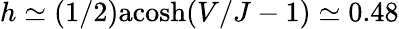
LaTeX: h\simeq(1/2)\mathrm{acosh}(V/J-1)\simeq 0.48